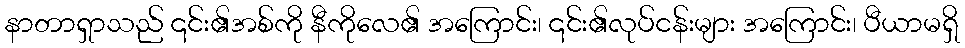
နာတာရှာသည် ၎င်း၏အစ်ကို နီကိုလေ၏ အကြောင်း၊ ၎င်း၏လုပ်ငန်းများ အကြောင်း၊ ပီယာမရှိ